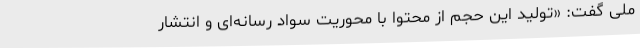
ملی گفت: «تولید این حجم از محتوا با محوریت سواد رسانه‌ای و انتشار